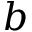
b